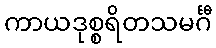
ကာယဒုစ္စရိတသမင်္ဂီ